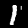
Label: 1